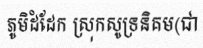
ភូមិដំដែក ស្រុកសូទ្រនិគម(ជា